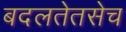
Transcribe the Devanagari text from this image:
बदलतेतसेच